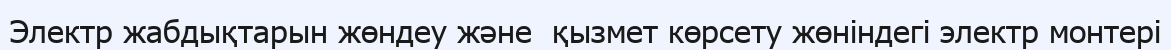
Электр жабдықтарын жөндеу және  қызмет көрсету жөніндегі электр монтері